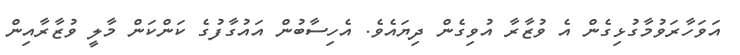
އަވަހާރަވުމާގުޅިގެން އެ ވުޒާރާ އުވިގެން ދިޔައެވެ. އެހިސާބުން އައުގާފުގެ ކަންކަން މާލީ ވުޒާރާއިން